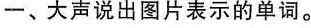
一、大声说出图片表示的单词。